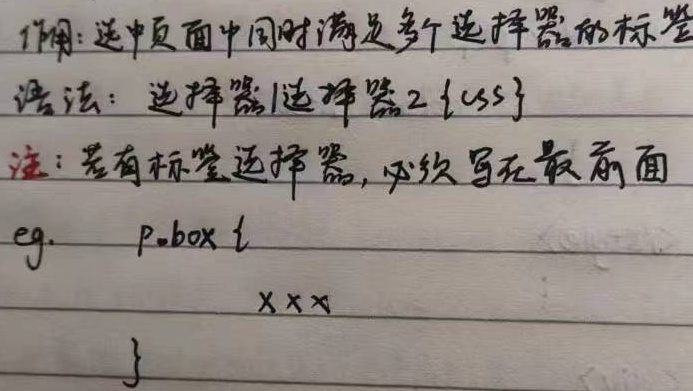
作用：选中页面中同时满足多选择器的标签。
语法：选择器1选择器2 {css}
注：若有标签选择器，必须写在最前面。
eg. \(p.box \{    xxx\}\)